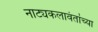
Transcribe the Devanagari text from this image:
नाट्यकलावंतांच्या